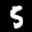
Label: 5